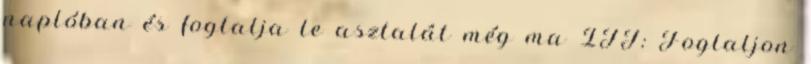
naplóban és foglalja le asztalát még ma ITT: Foglaljon